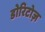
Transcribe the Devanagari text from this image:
डोरिटोज़